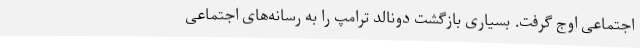
اجتماعی اوج گرفت. بسیاری بازگشت دونالد ترامپ را به رسانه‌های اجتماعی